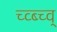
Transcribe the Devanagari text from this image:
च्व्ब्च्व्